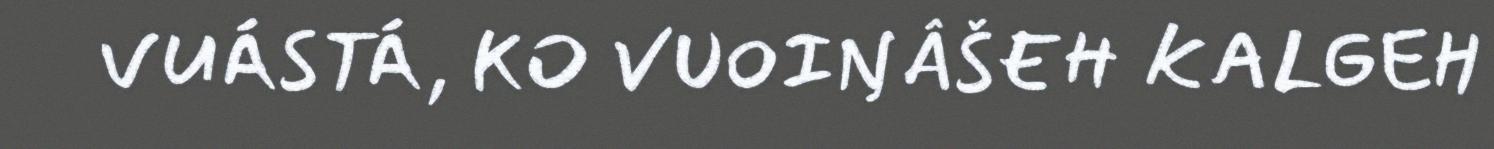
VUÁSTÁ, KO VUOIŊÂŠEH KALGEH